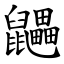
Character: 鼺